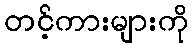
တင့်ကားများကို